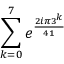
\sum _ { k = 0 } ^ { 7 } e ^ { \frac { 2 i \pi 3 ^ { k } } { 4 1 } }